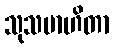
သုသမာဟိတာ